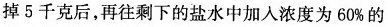
掉5千克后，再往剩下的盐水中加入浓度为60%的